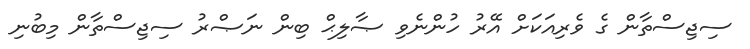
ސިޖިސްތާން ގެ ވެރިއަކަށް އޭރު ހުންނެވި ޞާލިޙް ބިން ނަޞްރު ސިޖިސްތާން މިބުނި